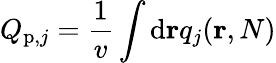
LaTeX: Q_{\mathrm{p},j}=\frac{1}{v}\int\mathrm{d}\mathbf{r}q_{j}(\mathbf{r},N)